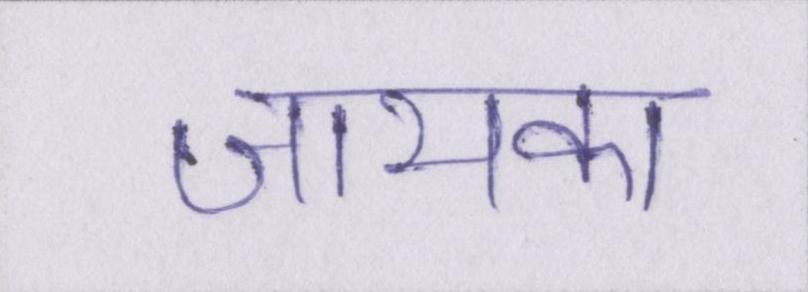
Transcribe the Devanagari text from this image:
जायका